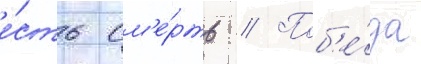
е́сть см'е́рть // Поб'е́да